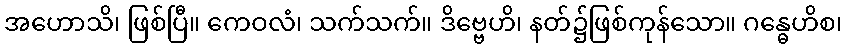
အဟောသိ၊ ဖြစ်ပြီ။ ကေဝလံ၊ သက်သက်။ ဒိဗ္ဗေဟိ၊ နတ်၌ဖြစ်ကုန်သော။ ဂန္ဓေဟိစ၊